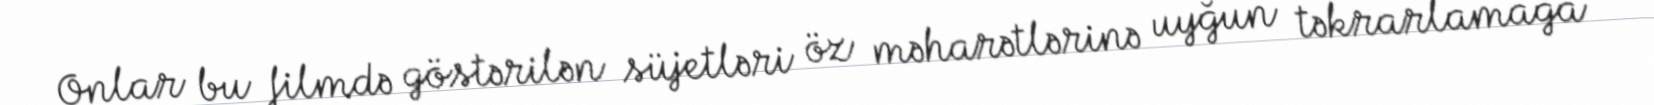
Onlar bu filmdə göstərilən süjetləri öz məharətlərinə uyğun təkrarlamağa